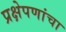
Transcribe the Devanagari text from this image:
प्रक्षेपणांचा